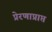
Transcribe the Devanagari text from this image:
प्रेरणाप्राप्त